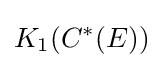
K_{1}(C^{*}(E))